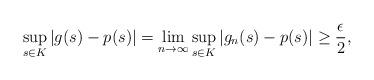
LaTeX: \begin{gather*}\sup_{s \in K}|g(s)-p(s)|= \lim_{n \to\infty} \sup_{s \in K}|g_n(s)-p(s)|\geq \frac{\epsilon}{2}, \end{gather*}